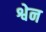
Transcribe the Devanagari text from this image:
श्वेन